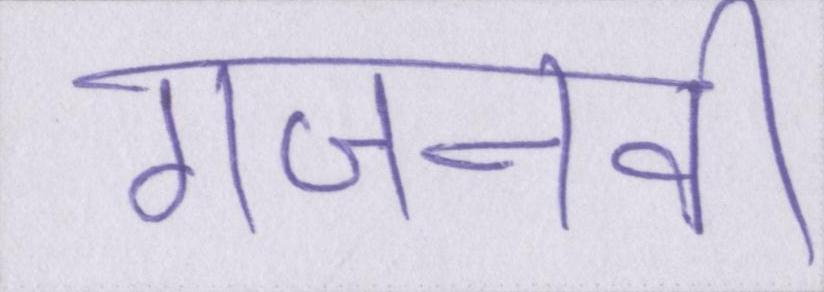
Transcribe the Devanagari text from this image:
गजनवी